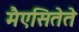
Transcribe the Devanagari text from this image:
मैएसितेते